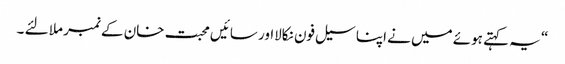
“ یہ کہتے ہوئے میں نے اپنا سیل فون نکالااور سائیں محبت خان کے نمبر ملا لئے ۔